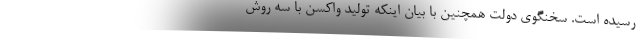
رسیده است. سخنگوی دولت همچنین با بیان اینکه تولید واکسن با سه روش